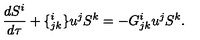
\frac { d S ^ { i } } { d \tau } + \{ _ { j k } ^ { i } \} u ^ { j } S ^ { k } = - G _ { j k } ^ { i } u ^ { j } S ^ { k } .